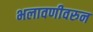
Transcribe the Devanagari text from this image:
भलावणीवरुन